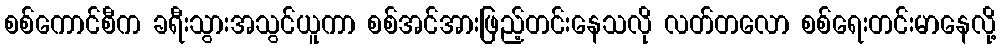
စစ်ကောင်စီက ခရီးသွားအသွင်ယူကာ စစ်အင်အားဖြည့်တင်းနေသလို လတ်တလော စစ်ရေးတင်းမာနေလို့